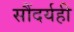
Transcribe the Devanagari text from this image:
सौंदर्यही